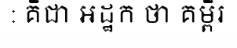
: គឺជា អដ្ឋក ថា គម្ពីរ